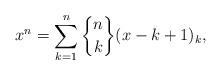
LaTeX: \begin{align*}x^{n}=\sum\limits_{k=1}^{n}\genfrac{\{}{\}}{0pt}{}{n}{k}(x-k+1)_{k}, \end{align*}